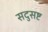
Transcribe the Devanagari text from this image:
सदुसष्ट